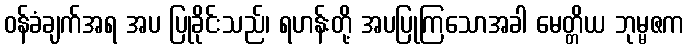
ဝန်ခံချက်အရ အပ ပြုခိုင်းသည်၊ ရဟန်းတို့ အပပြုကြသောအခါ မေတ္တိယ ဘုမ္မဇက